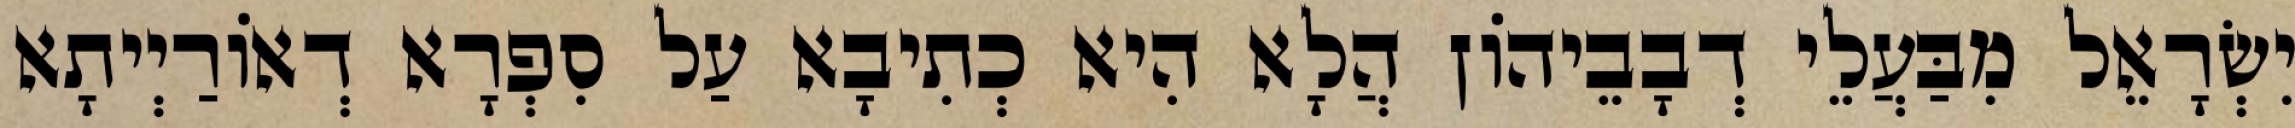
יִשְׂרָאֵל מִבַּעֲלֵי דְבָבֵיהוֹן הֲלָא הִיא כְתִיבָא עַל סִפְרָא דְאוֹרַיְיתָא